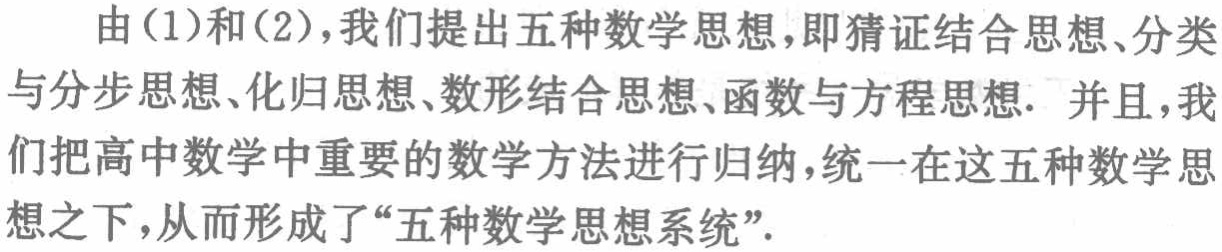
由(1)和(2)，我们提出五种数学思想，即猜证结合思想、分类与分步思想、化归思想、数形结合思想、函数与方程思想. 并且，我们把高中数学中重要的数学方法进行归纳，统一在这五种数学思想之下，从而形成了“五种数学思想系统”.